Medical and sanitary report on the native army of Bombay for the year
Year: 1877
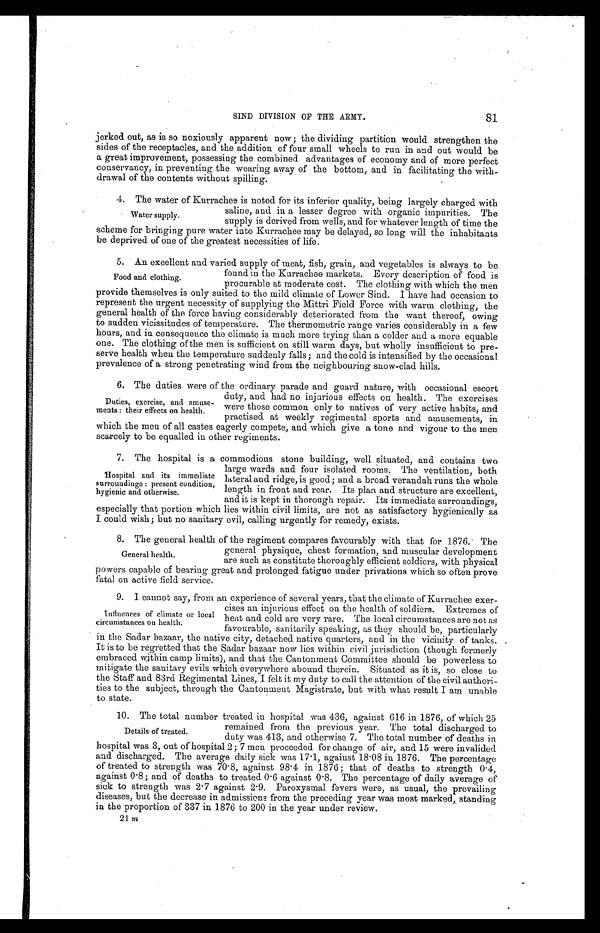
81
SIND DIVISION OF THE ARMY.
jerked out, as is so noxiously apparent now; the dividing partition would strengthen the
sides of the receptacles, and the addition of four small wheels to run in and out would be
a great improvement, possessing the combined advantages of economy and of more perfect
conservancy, in preventing the wearing away of the bottom, and in facilitating the with
-drawal of the contents without spilling.
4 . T h e w a t e r o f K u r r a c h e e i s n o t e d f o r i t s i n f e r i o r q u a l i t y , b e i n g l a r g e l y c h a r g e d w i t h
saline, and in a lesser degree with organic impurities. The
supply is derived from wells, and for whatever length of time the
scheme for bringing pure water into Kurrachee may be delayed, so long will the inhabitants
be deprived of one of the greatest necessities of life.
5. An excellent and varied supply of meat, fish, grain, and vegetables is always to be
found in the Kurrachee markets. Every description of food is
procurable at moderate cost. The clothing with which the men
provide themselves is only suited to the mild climate of Lower Sind. I have had occasion to
represent the urgent necessity of supplying the Mittri Field Force with warm clothing, the
general health of the force having considerably deteriorated from the want thereof, owing
to sudden vicissitudes of temperature. The thermometric range varies considerably in a few
hours, and in consequence the climate is much more trying than a colder and a more equable
one. The clothing of the men is sufficient on still warm days, but wholly insufficient to pre
- s e r v e h e a l t h w h e n t h e t e m p e r a t u r e s u d d e n l y f a l l s ; a n d t h e c o l d i s i n t e n s i f i e d b y t h e o c c a s i o n a l
prevalence of a strong penetrating wind from the neighbouring snow-clad hills.
6. The duties were of the ordinary parade and guard nature, with occasional escort
duty, and had no injurious effects on health. The exercises
were those common only to natives of very active habits, and
practised at weekly regimental sports and amusements, in
which the men of all castes eagerly compete, and which give a tone and vigour to the men
scarcely to be equalled in other regiments.
7. The hospital is a commodious stone building, well situated, and contains two
large wards and four isolated rooms. The ventilation, both
lateral and ridge, is good; and a broad verandah runs the whole
length in front and rear. Its plan and structure are excellent,
and it is kept in thorough repair. Its immediate surroundings,
especially that portion which lies within civil limits, are not as satisfactory hygienically as
I could wish; but no sanitary evil, calling urgently for remedy, exists.
8 . T h e g e n e r a l h e a l t h o f t h e r e g i m e n t c o m p a r e s f a v o u r a b l y w i t h t h a t f o r 1 8 7 6 . T h e
general physique, chest formation, and muscular development
are such as constitute thoroughly efficient soldiers, with physical
powers capable of bearing great and prolonged fatigue under privations which so often prove
fatal on active field service.
9. I cannot say, from an experience of several years, that the climate of Kurrachee exer
-cises an injurious effect on the health of soldiers. Extremes of
heat and cold are very rare. The local circumstances are not as
favourable, sanitarily speaking, as they should be, particularly
in the Sadar bazaar, the native city, detached native quarters, and in the vicinity of tanks.
It is to be regretted that the Sadar bazaar now lies within civil jurisdiction (though formerly
embraced within camp limits), and that the Cantonment Committee should be powerless to
mitigate the sanitary evils which everywhere abound therein. Situated as it is, so close to
the Staff and 83rd Regimental Lines, I felt it my duty to call the attention of the civil authori--
ties to the subject, through the Cantonment Magistrate, but with what result I am unable
to state.
10. The total number treated in hospital was 436, against 616 in 1876, of which 25
remained from the previous year. The total discharged to
duty was 413, and otherwise 7. The total number of deaths in
hospital was 3, out of hospital 2 ; 7 men proceeded for change of air, and 15 were invalided
and discharged. The average daily sick was 17.1, against 18.08 in 1876. The percentage
of treated to strength was 70.8, against 98.4 in 1876; that of deaths to strength 0.4,
Against 0.8; and of deaths to treated 0.6 against 0.8. The percentage of daily average of
sick to strength was 2.7 against 2.9. Paroxysmal fevers were, as usual, the prevailing
diseases, but the decrease in admissions from the. preceding year was most marked,, standing
in the proportion of 337 in 1876 to 200 in the year under review.
Water supplv.
Food and clothing.
Duties, exercise, and amuse--
ments: their effects on health.
Hospital and its immediate
surroundings: present condition,
hygienic and otherwise.
General health.
influences of climate or local
circumstances on health.
Details of treated.
21m